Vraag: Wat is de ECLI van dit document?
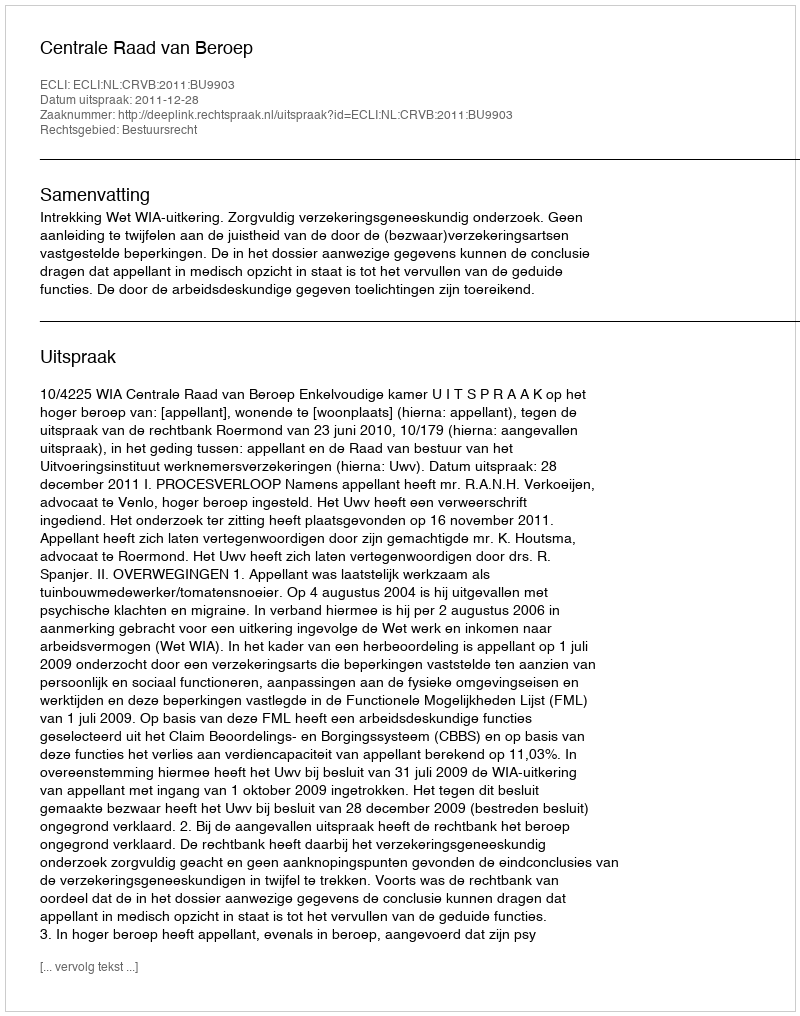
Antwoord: ECLI:NL:CRVB:2011:BU9903